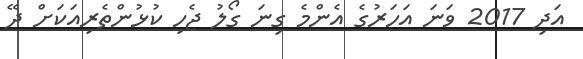
އަދި 2017 ވަނަ އަހަރުގެ އެންމެ ގިނަ ގޯލު ޖެހި ކުޅުންތެރިއަކަށް ދޭ